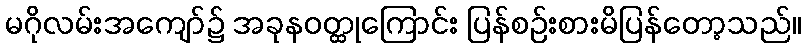
မဂိုလမ်းအကျော်၌ အခုနဝတ္ထုကြောင်း ပြန်စဉ်းစားမိပြန်တော့သည်။